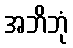
အဘိဘုံ